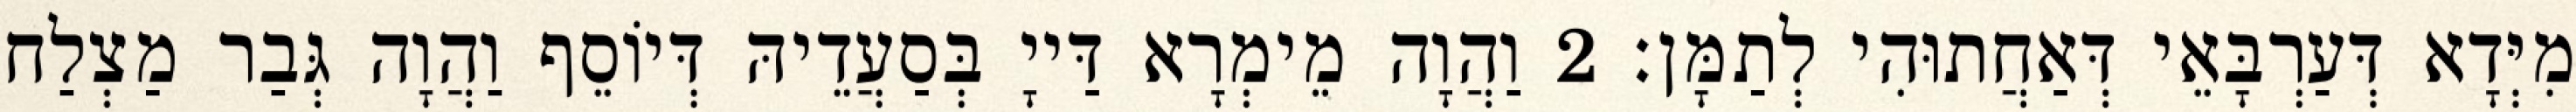
מִיְּדָא דְּעַרְבָּאֵי דְּאַחֲתוּהִי לְתַמָּן׃ 2 וַהֲוָה מֵימְרָא דַּייָ בְּסַעֲדֵיהּ דְּיוֹסֵף וַהֲוָה גְּבַר מַצְלַח